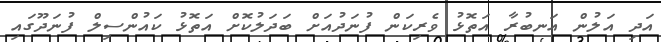
އަދި އަލުން އަނބުރާ އަތޮޅު ވެރިކަން ފުނަދުއަށް ބަދަލުކޮށް އަތޮޅު ކައުންސިލް ފުނަދޫގައި